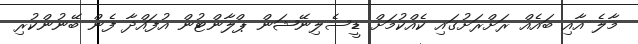
މާލެ އާއި ބައެއް ރަށްރަށުގައި ކެއްކުމަށް ޑީސެލިނޭޝަން ޕްލާންޓުން އުފައްދާ ފެން ބޭނުންކުރި